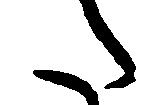
た